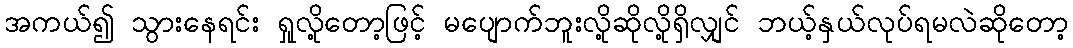
အကယ်၍ သွားနေရင်း ရှုလို့တော့ဖြင့် မပျောက်ဘူးလို့ဆိုလို့ရှိလျှင် ဘယ့်နှယ်လုပ်ရမလဲဆိုတော့